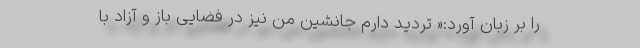
را بر زبان آورد:« تردید دارم جانشین من نیز در فضایی باز و آزاد با